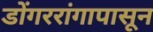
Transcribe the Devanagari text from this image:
डोंगररांगापासून